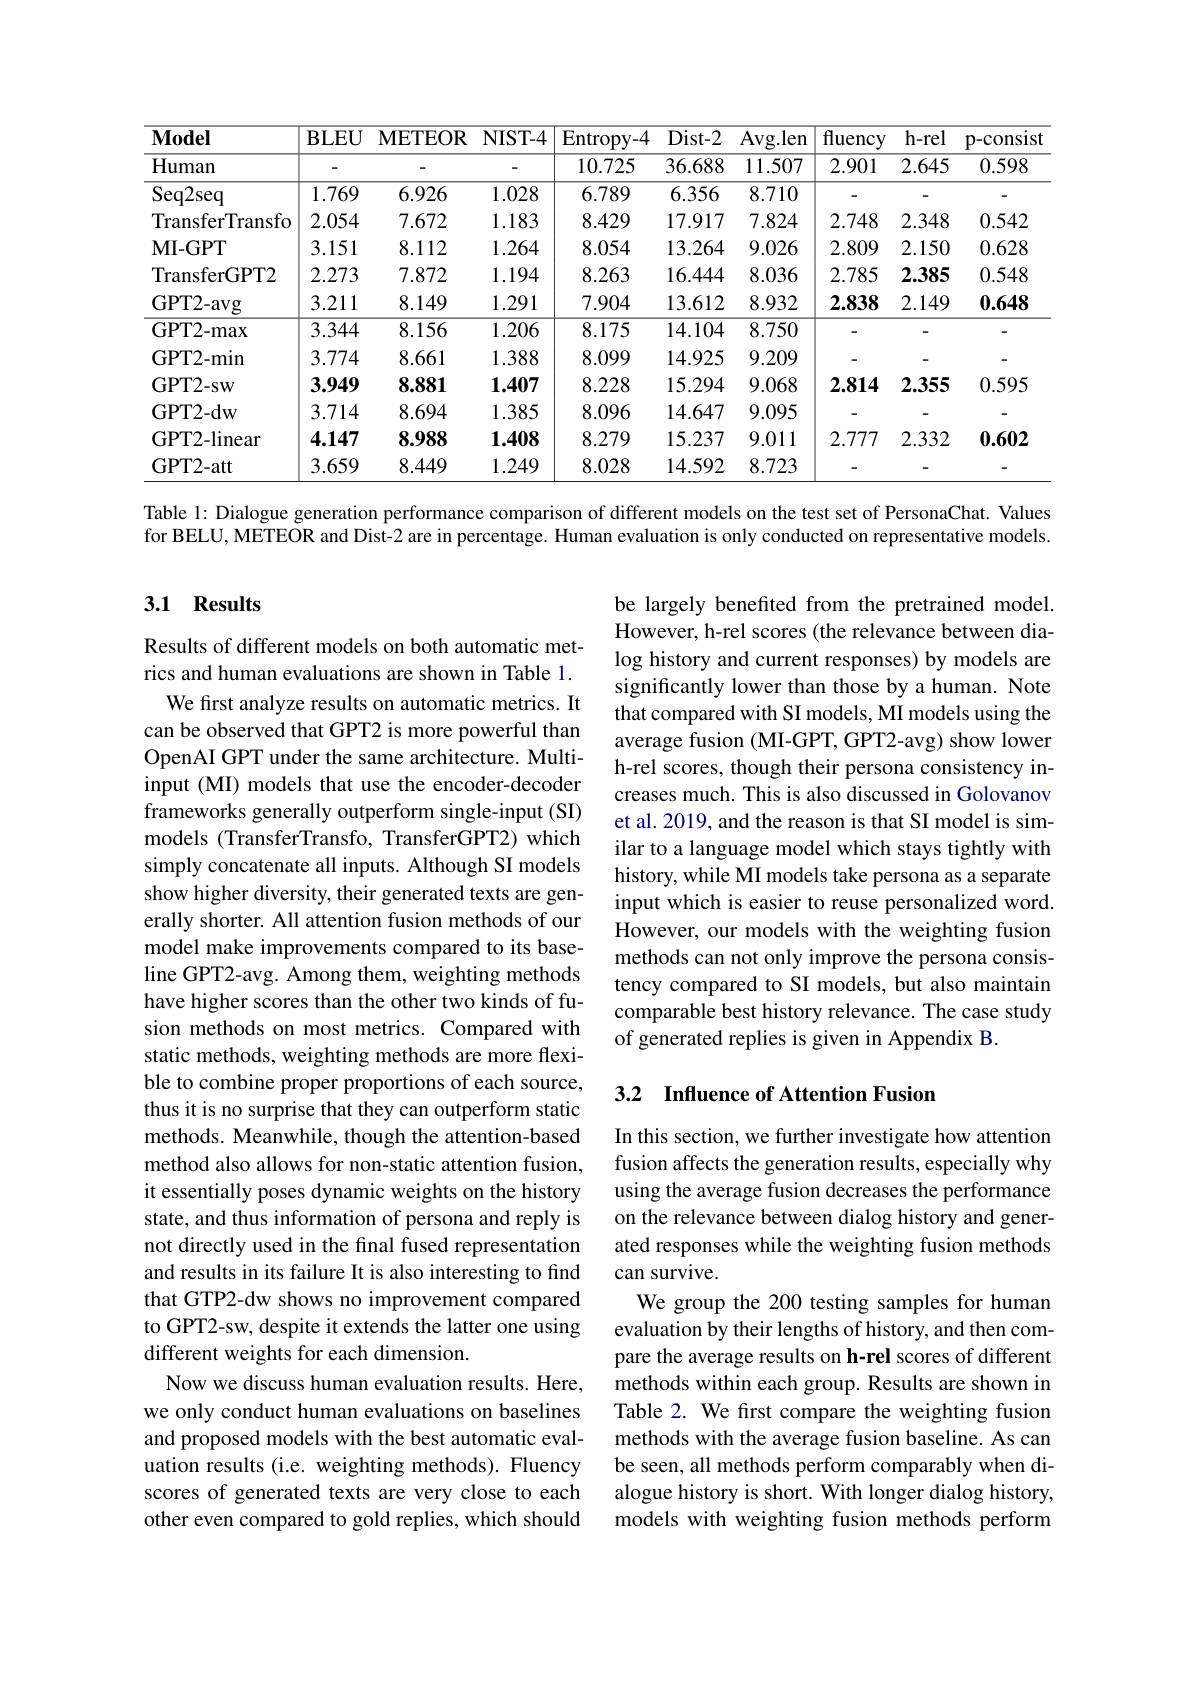
<table>
	<tbody>
		<tr>
			<th>$\mathbf{Model}$</th>
			<th>$\mathbf{BLEU}$</th>
			<th>$\mathbf{METEOR}$</th>
			<th>NIST- 4</th>
			<th>Entropy- 4</th>
			<th>Dist- 2</th>
			<th>Avg. len</th>
			<th>fluency</th>
			<th>h-rel</th>
			<th>p-consist</th>
		</tr>
		<tr>
			<td>${\mathrm{Human}}$</td>
			<td>-</td>
			<td> </td>
			<td> </td>
			<td>10.725</td>
			<td>36.688</td>
			<td>11.507</td>
			<td>2.901</td>
			<td>2.645</td>
			<td>0.598</td>
		</tr>
		<tr>
			<td>Seq2seq</td>
			<td>1.769</td>
			<td>6.926</td>
			<td>1.028</td>
			<td>6.789</td>
			<td>6.356</td>
			<td>8.710</td>
			<td> </td>
			<td>-</td>
			<td> </td>
		</tr>
		<tr>
			<td>TransferTransfo</td>
			<td>2.054</td>
			<td>7.672</td>
			<td>1.183</td>
			<td>8.429</td>
			<td>17.917</td>
			<td>7.824</td>
			<td>2.748</td>
			<td>2.348</td>
			<td>0.542</td>
		</tr>
		<tr>
			<td>$\mathbf{MI-GPT}$</td>
			<td>3.151</td>
			<td>8.112</td>
			<td>1.264</td>
			<td>8.054</td>
			<td>13.264</td>
			<td>9.026</td>
			<td>2.809</td>
			<td>2.150</td>
			<td>0.628</td>
		</tr>
		<tr>
			<td>TransferGPT2</td>
			<td>2.273</td>
			<td>7.872</td>
			<td>1.194</td>
			<td>8.263</td>
			<td>16.444</td>
			<td>8.036</td>
			<td>2.785</td>
			<td>2.385</td>
			<td>0.548</td>
		</tr>
		<tr>
			<td>GPT2- avg</td>
			<td>3.211</td>
			<td>8.149</td>
			<td>1.291</td>
			<td>7.904</td>
			<td>13.612</td>
			<td>8.932</td>
			<td>2.838</td>
			<td>2.149</td>
			<td>0.648</td>
		</tr>
		<tr>
			<td>GPT2- max</td>
			<td>3.344</td>
			<td>8.156</td>
			<td>1.206</td>
			<td>8.175</td>
			<td>14.104</td>
			<td>8.750</td>
			<td> </td>
			<td></td>
			<td> </td>
		</tr>
		<tr>
			<td>GPT2- min</td>
			<td>3.774</td>
			<td>8.661</td>
			<td>1.388</td>
			<td>8.099</td>
			<td>14.925</td>
			<td>9.209</td>
			<td>一</td>
			<td> </td>
			<td> </td>
		</tr>
		<tr>
			<td>GPT2- SW</td>
			<td>3.949</td>
			<td>8.881</td>
			<td>1.407</td>
			<td>8.228</td>
			<td>15.294</td>
			<td>9.068</td>
			<td>2.814</td>
			<td>2.355</td>
			<td>0.595</td>
		</tr>
		<tr>
			<td>GPT2- dw</td>
			<td>3.714</td>
			<td>8.694</td>
			<td>1.385</td>
			<td>8.096</td>
			<td>14.647</td>
			<td>9.095</td>
			<td>一</td>
			<td> </td>
			<td> </td>
		</tr>
		<tr>
			<td>GPT2-linear</td>
			<td>4.147</td>
			<td>8.988</td>
			<td>1.408</td>
			<td>8.279</td>
			<td>15.237</td>
			<td>9.011</td>
			<td>2.777</td>
			<td>2.332</td>
			<td>0.602</td>
		</tr>
		<tr>
			<td>GPT2- att</td>
			<td>3.659</td>
			<td>8.449</td>
			<td>1.249</td>
			<td>8.028</td>
			<td>14.592</td>
			<td>8.723</td>
			<td> </td>
			<td> </td>
			<td> </td>
		</tr>
	</tbody>
</table>

Table 1: Dialogue generation performance comparison of different models on the test set of PersonaChat. Values for BELU, METEOR and Dist-2 are in percentage. Human evaluation is only conducted on representative models.

### 3.1 Results

be largely benefited from the pretrained model. However, h-rel scores (the relevance between dialog history and current responses) by models are significantly lower than those by a human. Note that compared with SI models, MI models using the average fusion (MI-GPT, GPT2-avg) show lower h-rel scores, though their persona consistency increases much. This is also discussed in Golovanov et al. 2019, and the reason is that SI model is similar to a language model which stays tightly with history, while MI models take persona as a separate input which is easier to reuse personalized word. However, our models with the weighting fusion methods can not only improve the persona consistency compared to SI models, but also maintain comparable best history relevance. The case study of generated replies is given in Appendix B.

Results of different models on both automatic metrics and human evaluations are shown in Table 1.
We first analyze results on automatic metrics. It can be observed that GPT2 is more powerful than OpenAI GPT under the same architecture. Multiinput (MI) models that use the encoder-decoder frameworks generally outperform single-input (SI) models (TransferTransfo, TransferGPT2) which simply concatenate all inputs. Although SI models show higher diversity, their generated texts are generally shorter. All attention fusion methods of our model make improvements compared to its baseline GPT2-avg. Among them, weighting methods have higher scores than the other two kinds of fusion methods on most metrics. Compared with static methods, weighting methods are more flexible to combine proper proportions of each source, thus it is no surprise that they can outperform static methods. Meanwhile, though the attention-based method also allows for non-static attention fusion, it essentially poses dynamic weights on the history state, and thus information of persona and reply is not directly used in the final fused representation and results in its failure It is also interesting to find that GTP2-dw shows no improvement compared to GPT2-sw, despite it extends the latter one using different weights for each dimension.
Now we discuss human evaluation results. Here, we only conduct human evaluations on baselines and proposed models with the best automatic evaluation results (i.e. weighting methods). Fluency scores of generated texts are very close to each other even compared to gold replies, which should

## 3.2 Influence of Attention Fusion

In this section, we further investigate how attention fusion affects the generation results, especially why using the average fusion decreases the performance on the relevance between dialog history and generated responses while the weighting fusion methods can survive.
We group the 200 testing samples for human evaluation by their lengths of history, and then compare the average results on h-rel scores of different methods within each group. Results are shown in Table 2. We first compare the weighting fusion methods with the average fusion baseline. As can be seen, all methods perform comparably when dialogue history is short. With longer dialog history, models with weighting fusion methods perform